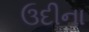
ઉદીના